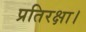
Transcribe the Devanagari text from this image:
प्रतिरक्षा।